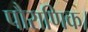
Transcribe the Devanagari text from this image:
पौराणिक।